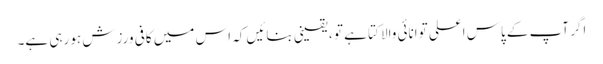
اگر آپ کے پاس اعلی توانائی والا کتا ہے تو ، یقینی بنائیں کہ اس میں کافی ورزش ہو رہی ہے۔